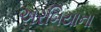
અરબિયાના